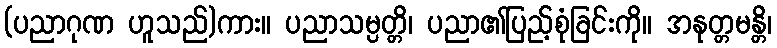
(ပညာဂုဏ ဟူသည်)ကား။ ပညာသမ္ပတ္တိ၊ ပညာ၏ပြည့်စုံခြင်းကို။ အနုတ္တမန္တိ၊